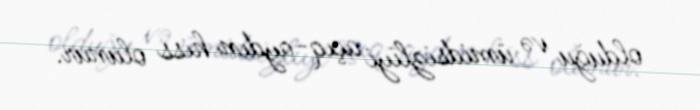
olduğu və ümidsizliyi açıq-aydın hiss olunur.